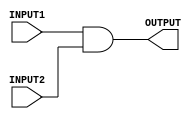
`timescale 1ns / 1ps
//////////////////////////////////////////////////////////////////////////////////
// Company: 
// Engineer: 
// 
// Design Name: 
// Module Name:    And_gate 
// Project Name: 
// Target Devices: 
// Tool versions: 
// Description: 
//
// Dependencies: 
//
// Revision: 
// Revision 0.01 - File Created
// Additional Comments: 
//
//////////////////////////////////////////////////////////////////////////////////
module And_gate(INPUT1, INPUT2, OUTPUT);
    input INPUT1;
	 input INPUT2;
	 output OUTPUT;
	 assign OUTPUT = INPUT1 & INPUT2;

endmodule